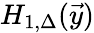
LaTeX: H_{1,\Delta}(\vec{y})